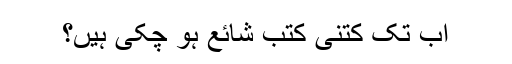
اب تک کتنی کتب شائع ہو چُکی ہیں؟